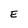
Character: E